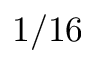
1 / 1 6